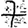
Digit: 7